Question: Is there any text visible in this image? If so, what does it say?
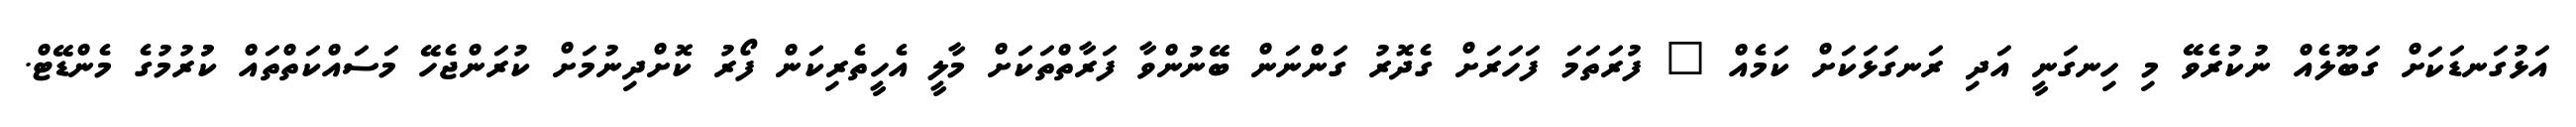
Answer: އަޅުގަނޑަކަށް ގަބޫލެއް ނުކުރެވޭ މި ހިނގަނީ އަދި ރަނގަޅަކަށް ކަމެއް " ފުރަތަމަ ފަހަރަށް ގެދޮރު ގަންނަން ބޭނުންވާ ފަރާތްތަކަށް މާލީ އެހީތެރިކަން ފޯރު ކޮށްދިނުމަށް ކުރަންޖެހޭ މަސައްކަތްތައް ކުުރުމުގެ މެންޑޭޓް.